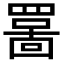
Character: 𫅊